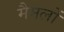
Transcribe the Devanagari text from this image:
मैमलों